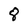
Character: 8